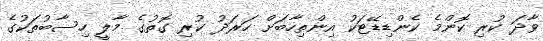
ވާދަ ކުރި ކޮންމެ ކެންޑިޑޭޓަކު އިންތިހާބަށް ހަރަދު ކުރި ގޮތުގެ މާލީ ހިސާބުތަކުގެ